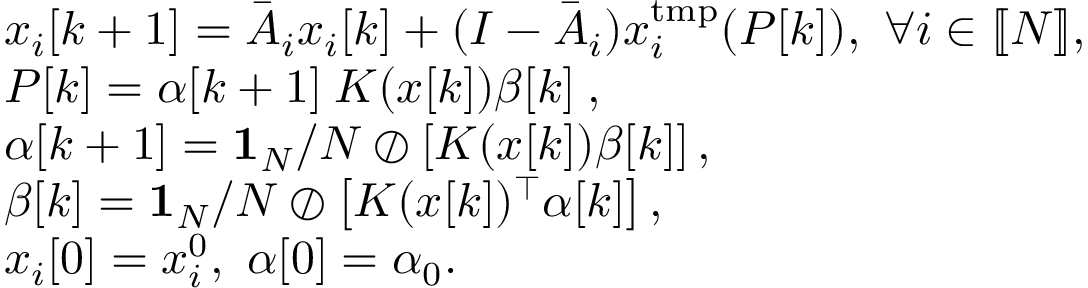
\begin{array} { r l } & { { \boldsymbol x } _ { i } [ k + 1 ] = \bar { { \boldsymbol A } } _ { i } { \boldsymbol x } _ { i } [ k ] + ( I - \bar { { \boldsymbol A } } _ { i } ) x _ { i } ^ { \mathrm { t m p } } ( P [ k ] ) , \ \forall i \in \ensuremath { [ \! [ N ] \! ] } , } \\ & { P [ k ] = \alpha [ k + 1 ] ^ { \boxbslash } { \boldsymbol K } ( { \boldsymbol x } [ k ] ) \beta [ k ] ^ { \boxbslash } , } \\ & { \alpha [ k + 1 ] = { \bf 1 } _ { N } / N \oslash \left[ { \boldsymbol K } ( { \boldsymbol x } [ k ] ) \beta [ k ] \right] , } \\ & { \beta [ k ] = { \bf 1 } _ { N } / N \oslash \left[ { \boldsymbol K } ( { \boldsymbol x } [ k ] ) ^ { \top } \alpha [ k ] \right] , } \\ & { { \boldsymbol x } _ { i } [ 0 ] = x _ { i } ^ { 0 } , \ \alpha [ 0 ] = \alpha _ { 0 } . } \end{array}